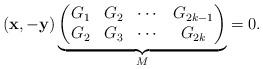
LaTeX: \begin{align*}(\mathbf{x}, -\mathbf{y})\underbrace{\begin{pmatrix}G_{1} & G_{2} & \cdots & G_{2k-1}\\ G_{2} & G_{3} & \cdots & G_{2k}\end{pmatrix}}_M =0.\end{align*}